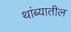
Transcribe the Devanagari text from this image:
थांब्यातील